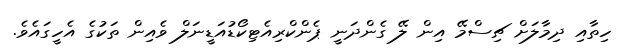
ހިތާއި ދިމާލަށް ޗިސްމޭ އިން ލޭ ގެންދަނީ ޕެންކްރިއެޓިކޯޑުއަޑީނަލް ވެއިން ތަކުގެ އެހީގައެވެ.